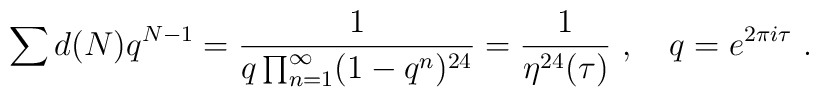
\sum d(N) q^{N-1} = \frac{1}{q \prod_{n=1}^\infty (1-q^n)^{24}}=\frac{1}{\eta^{24}(\tau)}\ ,\quad q=e^{2\pi i\tau}\ .